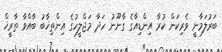
ބަރުލަމާނީ ވެރިކަން ކުރާ އިންޑިއާގެ ގާނޫނު ހަދާ މަޖްލީހުގެ އިންތިޚާބު ބާއްވާ ތާރީޚް